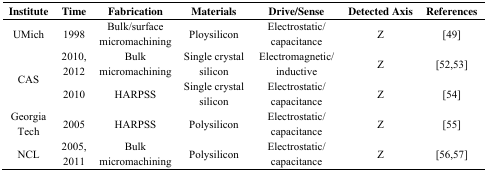
<table><thead><tr><td><b>Institute</b></td><td><b>Time</b></td><td><b>Fabrication</b></td><td><b>Materials</b></td><td><b>Drive/Sense</b></td><td><b>Detected Axis</b></td><td><b>References</b></td></tr></thead><tbody><tr><td>UMich</td><td>1998</td><td>Bulk/surfacemicromachining</td><td>Ploysilicon</td><td>Electrostatic/capacitance</td><td>Z</td><td>[49]</td></tr><tr><td rowspan="2">CAS</td><td>2010,2012</td><td>Bulkmicromachining</td><td>Single crystalsilicon</td><td>Electromagnetic/inductive</td><td>Z</td><td>[52,53]</td></tr><tr><td>2010</td><td>HARPSS</td><td>Single crystalsilicon</td><td>Electrostatic/capacitance</td><td>Z</td><td>[54]</td></tr><tr><td>GeorgiaTech</td><td>2005</td><td>HARPSS</td><td>Polysilicon</td><td>Electrostatic/capacitance</td><td>Z</td><td>[55]</td></tr><tr><td>NCL</td><td>2005,2011</td><td>Bulkmicromachining</td><td>Polysilicon</td><td>Electrostatic/capacitance</td><td>Z</td><td>[56,57]</td></tr></tbody></table>